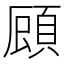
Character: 𮨇